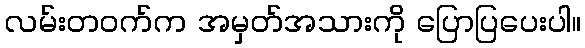
လမ်းတဝက်က အမှတ်အသားကို ပြောပြပေးပါ။